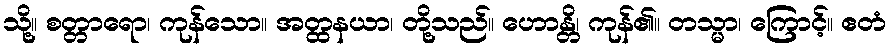
သို့။ စတ္တာရော၊ ကုန်သော။ အတ္ထနယာ၊ တို့သည်။ ဟောန္တိ၊ ကုန်၏။ တသ္မာ၊ ကြောင့်။ ဧတံ